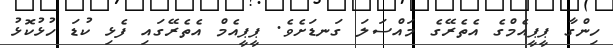
ހިންގާ ޕީޕީއެމްގެ އެތެރޭގެ މައްސަލަ ގަނޑަށެވެ. ޕީޕީއެމް އެތެރޭގައި ފެޅި ކުޑަ ހުޅުކޮޅު